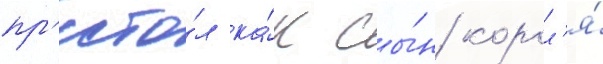
пр'есто́л ка́к сы́н корол'я́